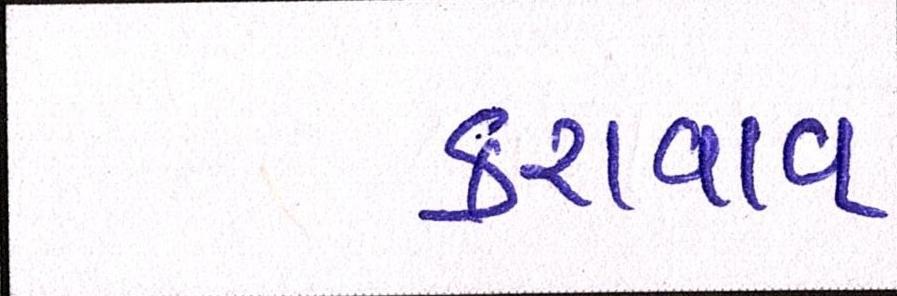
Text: કરાવાવ